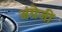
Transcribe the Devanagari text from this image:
अंग्रेजीं